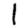
Digit: 1